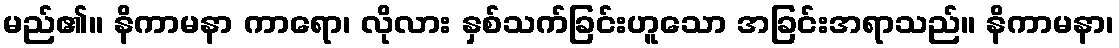
မည်၏။ နိကာမနာ ကာရော၊ လိုလား နှစ်သက်ခြင်းဟူသော အခြင်းအရာသည်။ နိကာမနာ၊